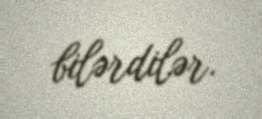
bilərdilər.